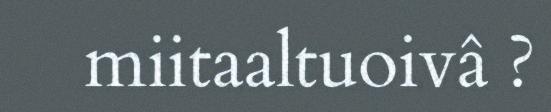
miitaaltuoivâ ?